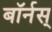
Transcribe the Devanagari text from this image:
बॉर्नस्